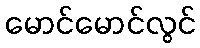
မောင်မောင်လွင်